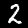
Label: 2